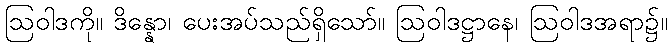
ဩဝါဒကို။ ဒိန္နော၊ ပေးအပ်သည်ရှိသော်။ ဩဝါဒဋ္ဌာနေ၊ ဩဝါဒအရာ၌။